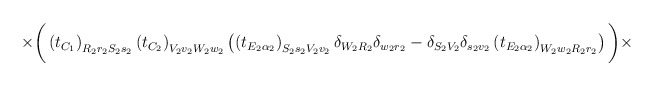
\begin{align*}\times\bigg(\left(t_{C_1}\right)_{R_2r_2S_2s_2}\left(t_{C_2}\right)_{V_2v_2W_2w_2}\left(\left(t_{E_2\alpha_2}\right)_{S_2s_2V_2v_2}\delta_{W_2R_2}\delta_{w_2r_2}-\delta_{S_2V_2}\delta_{s_2v_2}\left(t_{E_2\alpha_2}\right)_{W_2w_2R_2r_2}\right)\bigg)\times\end{align*}